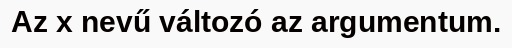
Az x nevű változó az argumentum.